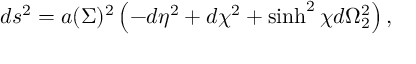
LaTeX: d s ^ { 2 } = a ( \Sigma ) ^ { 2 } \left( - d \eta ^ { 2 } + d \chi ^ { 2 } + \sinh ^ { 2 } \chi d \Omega _ { 2 } ^ { 2 } \right) ,